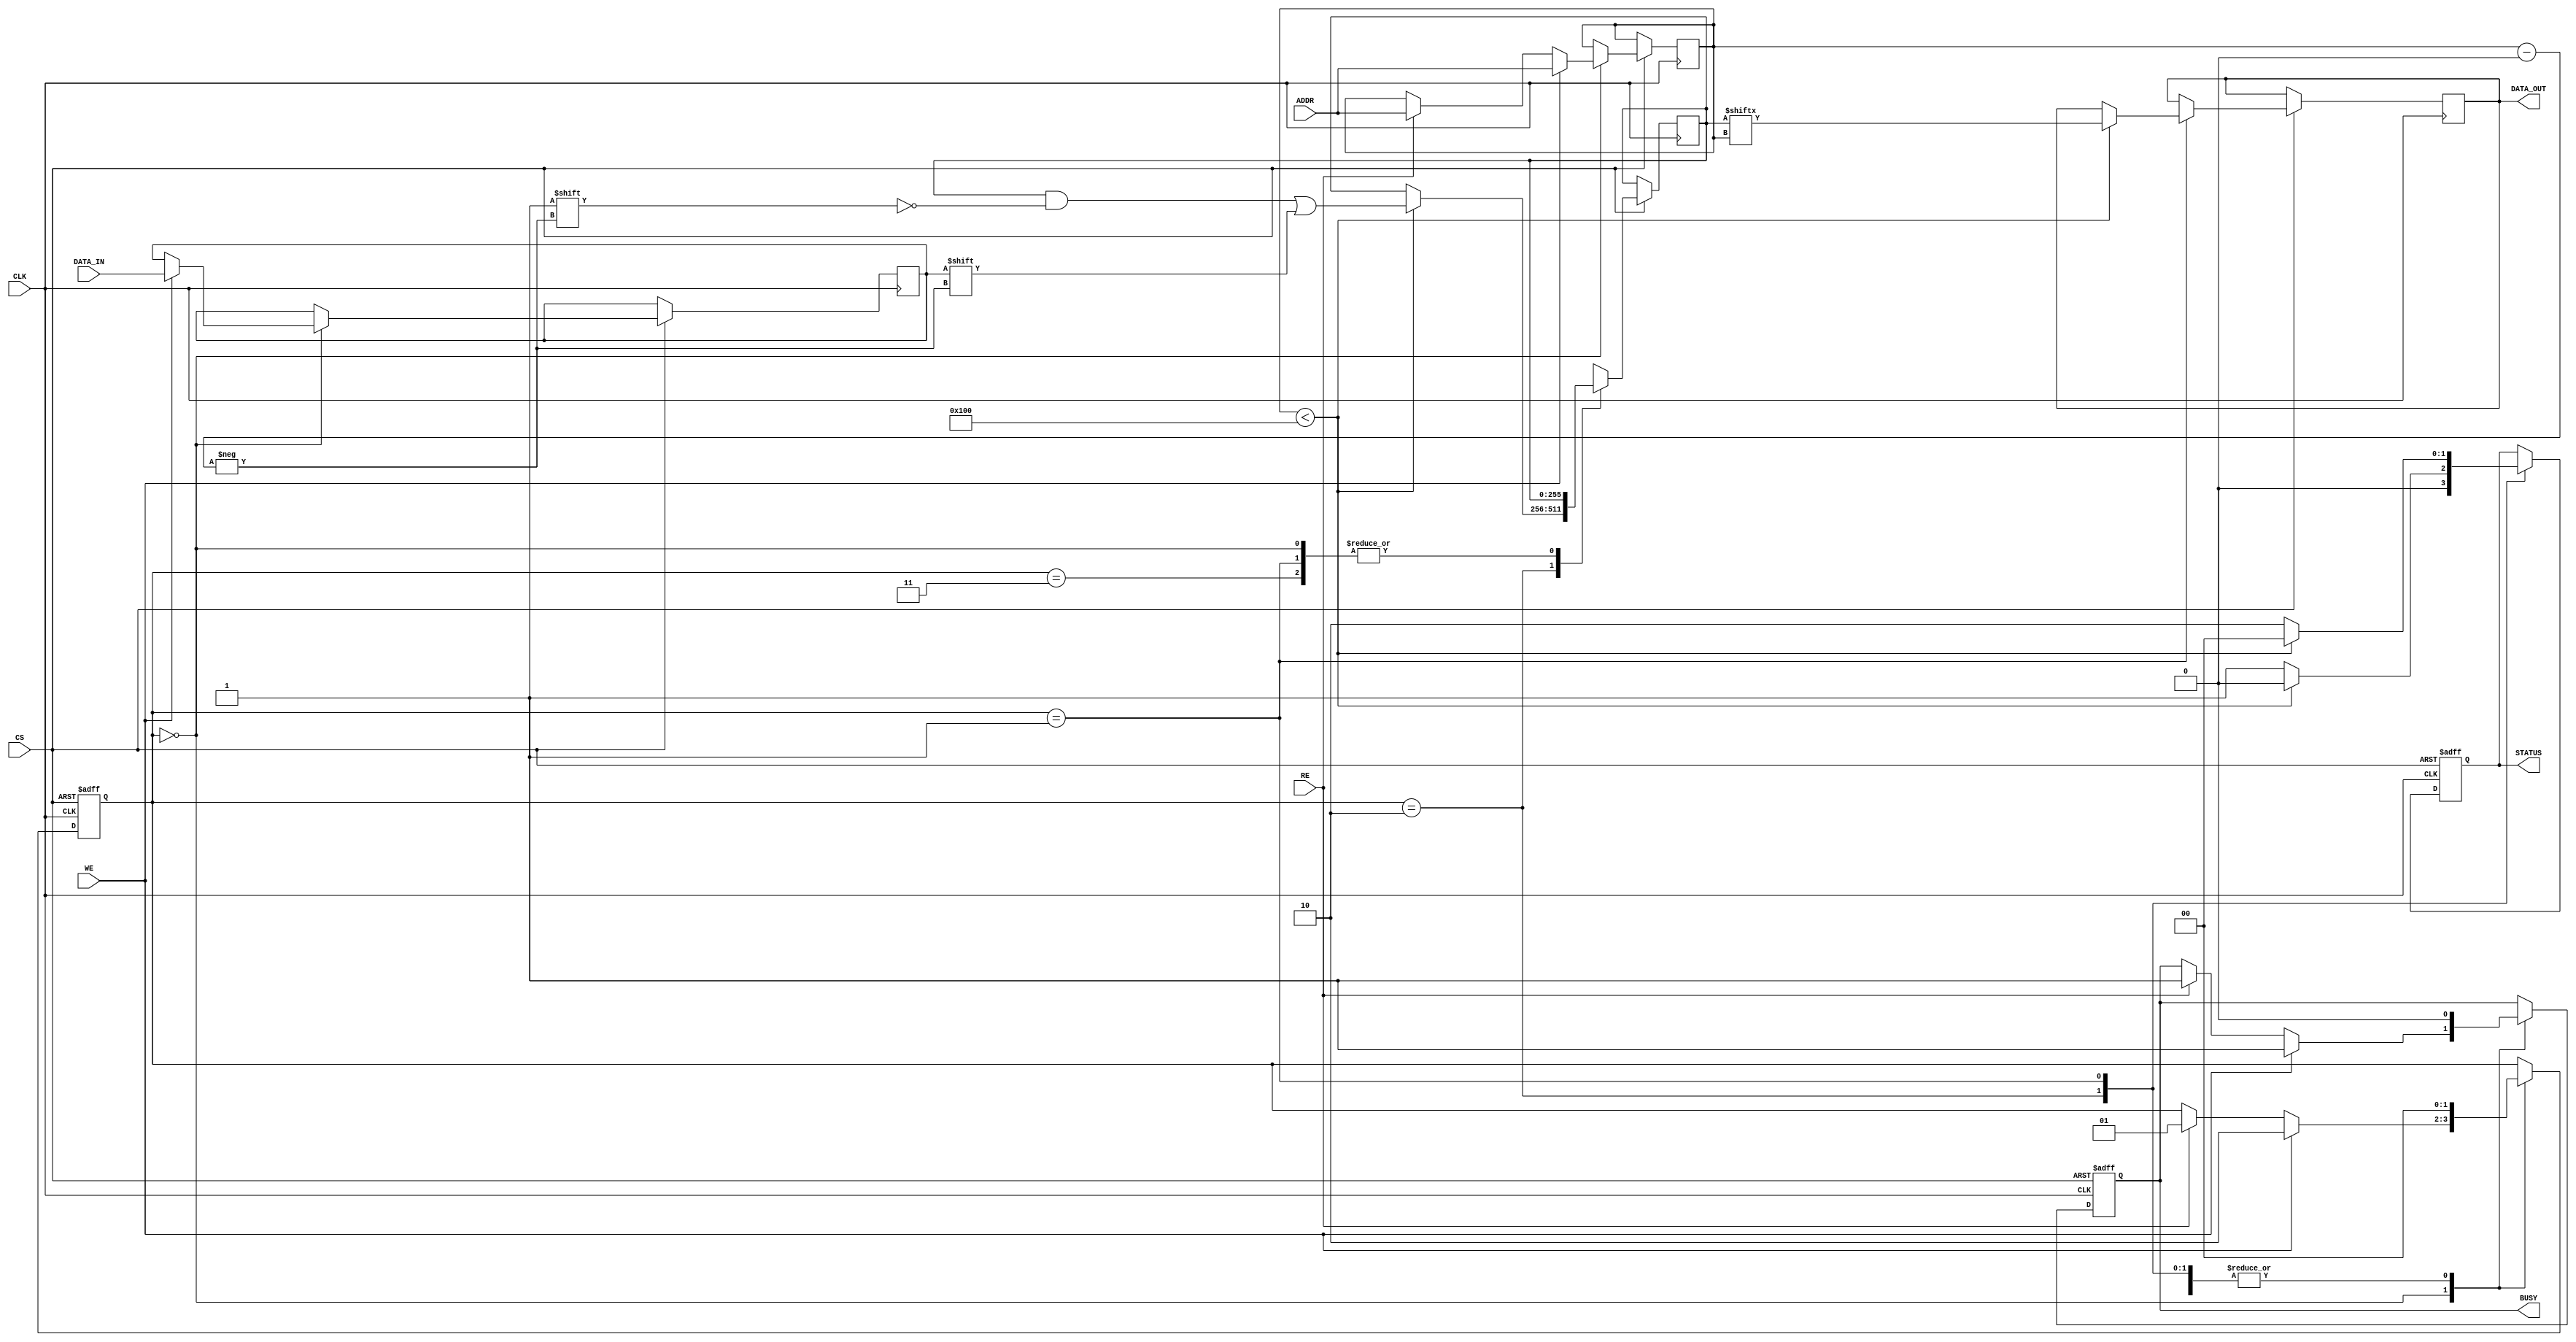
module slc_eeprom_io (
    input wire [ADDR_WIDTH-1:0] ADDR,   // Address input
    input wire DATA_IN,                  // Data input
    input wire WE,                       // Write enable
    input wire RE,                       // Read enable
    input wire CS,                       // Chip select
    input wire CLK,                      // Clock
    output reg DATA_OUT,                 // Data output
    output reg BUSY,                     // Busy indicator
    output reg [1:0] STATUS              // Status signal
);

// Parameters
parameter ADDR_WIDTH = 8;              // Address width
parameter MEMORY_SIZE = 256;           // Number of memory cells

// Memory array to hold single-bit cells
reg [MEMORY_SIZE-1:0] memory_array;

// Internal signals
reg [ADDR_WIDTH-1:0] addr_reg;
reg data_latch;

// State definitions
localparam IDLE = 2'b00;
localparam READ = 2'b01;
localparam WRITE = 2'b10;
localparam ERROR = 2'b11;

// State variable
reg [1:0] state;

// Initial block for power-on reset
initial begin
    memory_array = 0;
    DATA_OUT = 0;
    BUSY = 0;
    STATUS = 0;
    state = IDLE;
end

// Main process
always @(posedge CLK or negedge CS) begin
    if (!CS) begin
        // Chip select deasserted, go to low power state
        BUSY <= 0;
        STATUS <= 0;
        state <= IDLE;
    end else begin
        case (state)
            IDLE: begin
                if (WE) begin
                    // Write operation
                    addr_reg <= ADDR;
                    data_latch <= DATA_IN;
                    BUSY <= 1;
                    state <= WRITE;
                end else if (RE) begin
                    // Read operation
                    addr_reg <= ADDR;
                    BUSY <= 1;
                    state <= READ;
                end
            end
            
            WRITE: begin
                // Perform write operation
                if (addr_reg < MEMORY_SIZE) begin
                    memory_array[addr_reg] <= data_latch;
                    STATUS <= 2'b00; // Write successful
                end else begin
                    STATUS <= 2'b01; // Write error (out of bounds)
                end
                BUSY <= 0;
                state <= IDLE;
            end
            
            READ: begin
                // Perform read operation
                if (addr_reg < MEMORY_SIZE) begin
                    DATA_OUT <= memory_array[addr_reg];
                    STATUS <= 2'b00; // Read successful
                end else begin
                    STATUS <= 2'b10; // Read error (out of bounds)
                end
                BUSY <= 0;
                state <= IDLE;
            end
            
            ERROR: begin
                // Handle error state
                BUSY <= 0;
                state <= IDLE;
            end
            
            default: state <= IDLE;
        endcase
    end
end

endmodule